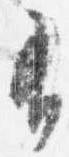
有